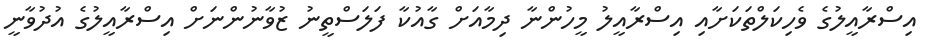
އިސްރާއީލުގެ ވެހިކަލްތަކަށާއި އިސްރާއީލު މީހުންނާ ދިމާއަށް ގާއުކާ ފަލަސްތީނު ޒުވާނުންނަށް އިސްރާއީލުގެ އުދުވާނީ